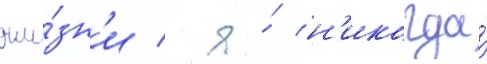
жи́зн'и / я́ н'икогда́